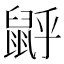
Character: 𪕉